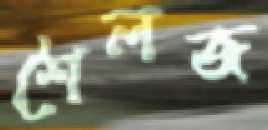
শৈলজ